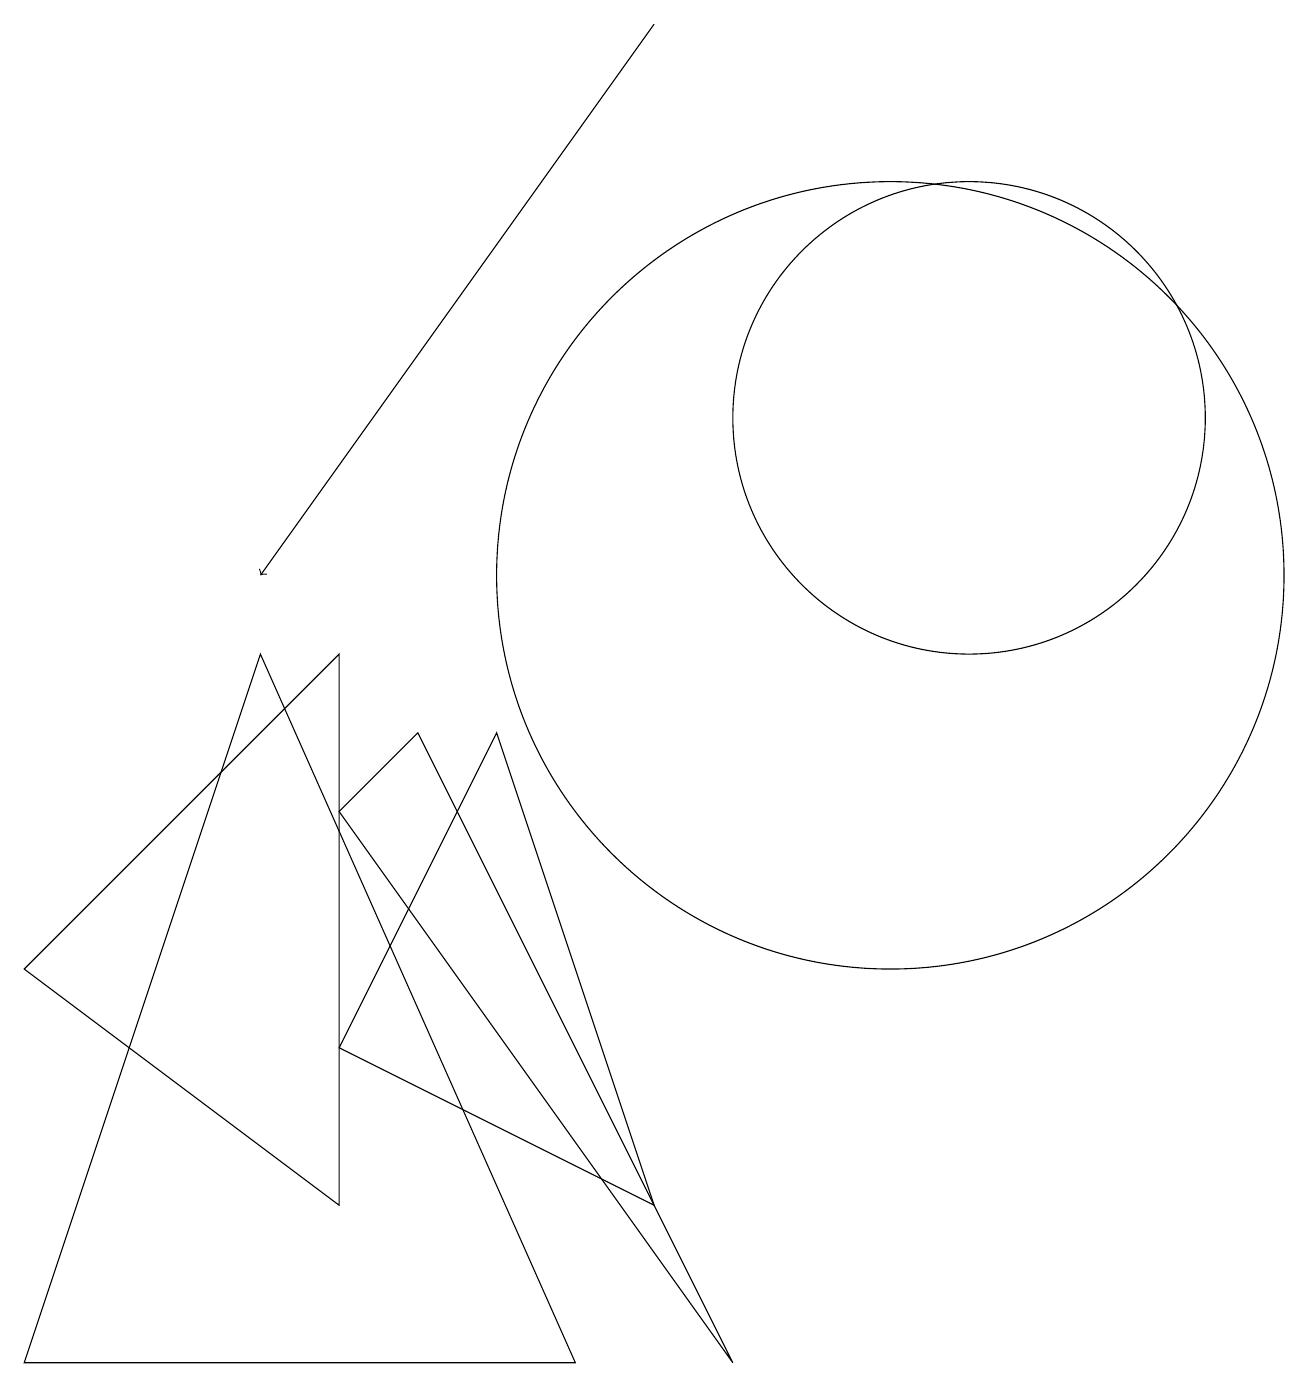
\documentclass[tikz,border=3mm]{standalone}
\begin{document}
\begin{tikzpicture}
\draw (9,0) -- (4,7) -- (5,8) -- cycle;
\draw (4,2) -- (0,5) -- (4,9) -- cycle;
\draw[->] (8,17) -- (3,10);
\draw (11,10) circle (5);
\draw (6,8) -- (8,2) -- (4,4) -- cycle;
\draw (12,12) circle (3);
\draw (0,0) -- (3,9) -- (7,0) -- cycle;
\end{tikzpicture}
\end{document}